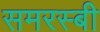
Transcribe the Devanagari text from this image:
समरस्बी